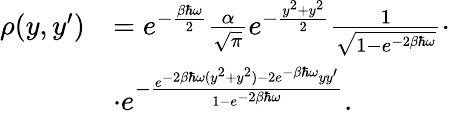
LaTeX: \begin{array}{rl}{\rho(y,y^{\prime})}&{=e^{-\frac{\beta\hbar\omega}{2}}\frac{\alpha}{\sqrt{\pi}}e^{-\frac{y^{2}+y^{2}}{2}}\frac{1}{\sqrt{1-e^{-2\beta\hbar\omega}}}\cdot}\\ &{\cdot e^{-\frac{e^{-2\beta\hbar\omega(y^{2}+y^{2})-2e^{-\beta\hbar\omega}yy^{\prime}}}{1-e^{-2\beta\hbar\omega}}}.}\end{array}